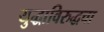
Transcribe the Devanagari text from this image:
युद्धाविरुद्धचा